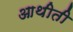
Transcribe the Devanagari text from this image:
आथीती